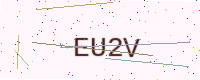
Text: EU2V